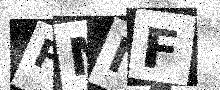
Text: FMNF